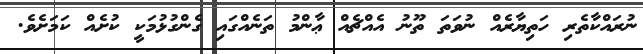
ނުރައްކާތެރި ހަތިޔާރެއް ނުވަތަ ތޫނު އެއްޗެއް ޢާންމު ތަނެއްގައި ގެންގުޅުމަކީ ކުށެއް ކަމަށެވެ.